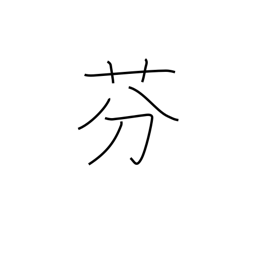
Meaning: perfume